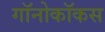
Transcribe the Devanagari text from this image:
गॉनोकॉकस